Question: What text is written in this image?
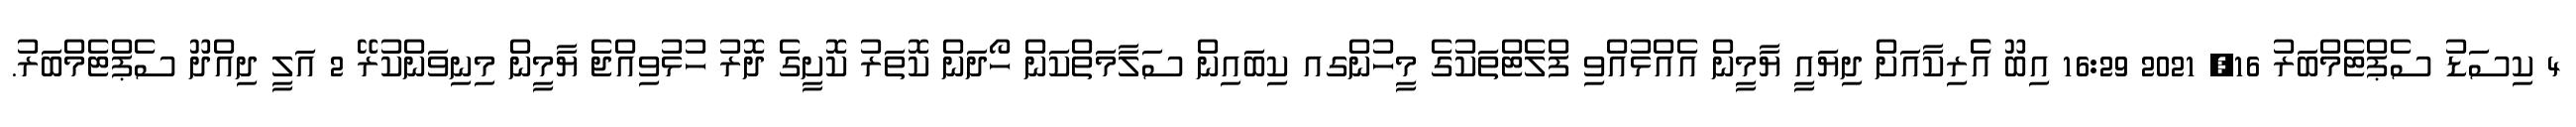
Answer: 4 ކިސަޑު ސެޕްޓެމްބަރު 16, 2021 16:29 އިބޫ އެެރިކާއަށް ދިޔައީ ޔާމީން އެއްޅުއްވި ފްލެޓްތަކުގެ މީހުންގއ ކިބައިން ސަލާމަތްކަން ހޯދަން ކޮތަރު ކޮށީގެ ދޮރު ހުޅުވިއްޖެ ޔާމީން މިނިވަންކުރޭ 2 އަލީ ދިއްދޫ ސެޕްޓެމްބަރު.